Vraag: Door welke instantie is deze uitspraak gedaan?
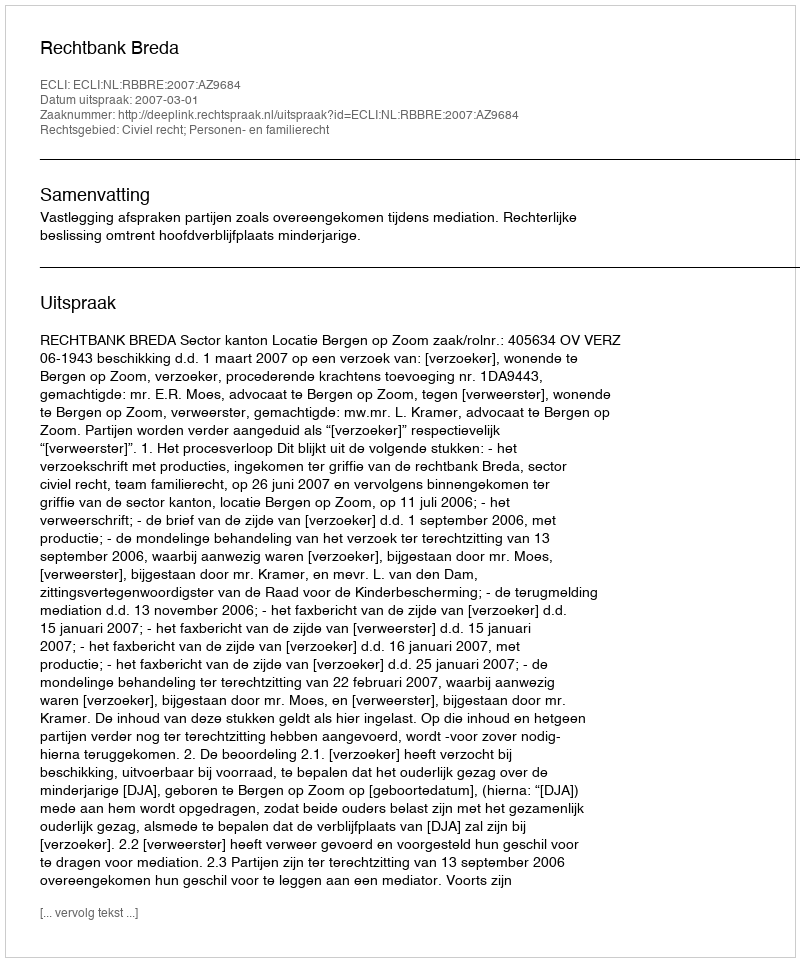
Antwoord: Rechtbank Breda